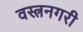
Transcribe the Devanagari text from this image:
वस्त्रनगरी